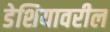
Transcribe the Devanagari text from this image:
डेशियावरील